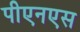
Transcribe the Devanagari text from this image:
पीएनएस